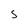
Character: S